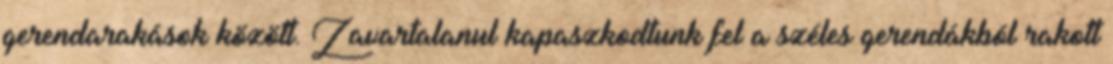
gerendarakások között. Zavartalanul kapaszkodtunk fel a széles gerendákból rakott